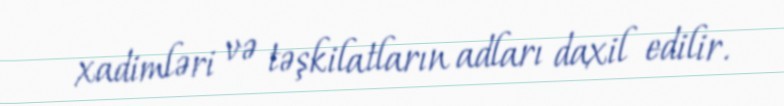
xadimləri və təşkilatların adları daxil edilir.